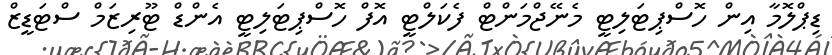
ޑިޕްލޮމާ އިން ހޮސްޕިޓަލިޓީ މެނޭޖްމަންޓް ފެކަލްޓީ އޮފް ހޮސްޕިޓަލިޓީ އެންޑް ޓޫރިޒަމް ސްޓަޑީޒް